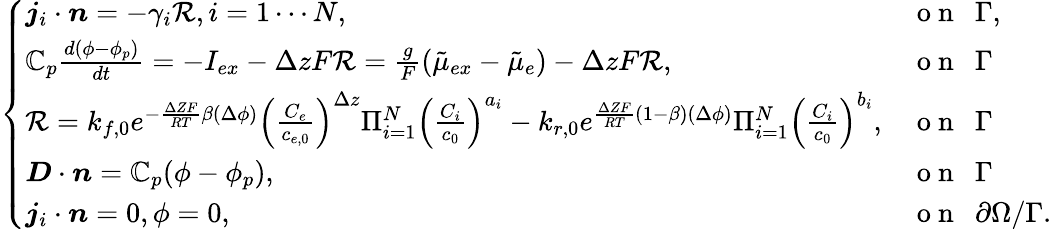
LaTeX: \left\{ \begin{array}{ll}{\boldsymbol{j}_{i}\cdot\boldsymbol{n}=-\gamma_{i}\mathcal{R},i=1\cdots N,}&{\mathrm{~o~n~~~}\Gamma,}\\ {\mathbb{C}_{p}\frac{d(\phi-\phi_{p})}{dt}=-I_{ex}-\Delta zF\mathcal{R}=\frac{g}{F}(\tilde{\mu}_{ex}-\tilde{\mu}_{e})-\Delta zF\mathcal{R},}&{\mathrm{~o~n~~~}\Gamma}\\ {\mathcal{R}=k_{f,0}e^{-\frac{\Delta ZF}{RT}\beta(\Delta\phi)}\left(\frac{C_{e}}{c_{e,0}}\right)^{\Delta z}\Pi_{i=1}^{N}\left(\frac{C_{i}}{c_{0}}\right)^{a_{i}}-k_{r,0}e^{\frac{\Delta ZF}{RT}(1-\beta)(\Delta\phi)}\Pi_{i=1}^{N}\left(\frac{C_{i}}{c_{0}}\right)^{b_{i}},}&{\mathrm{~o~n~~~}\Gamma}\\ {\boldsymbol{D}\cdot\boldsymbol{n}=\mathbb{C}_{p}(\phi-\phi_{p}),}&{\mathrm{~o~n~~~}\Gamma}\\ {\boldsymbol{j}_{i}\cdot\boldsymbol{n}=0,\phi=0,}&{\mathrm{~o~n~~~}\partial\Omega/\Gamma.}\end{array}\right.